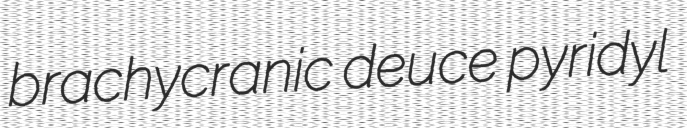
brachycranic deuce pyridyl